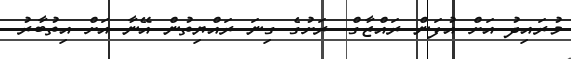
މުރައިދު އަށް އުފަން ރައްޒާގް. ރަށުގެ ގިނަ ރައްޔިތުން އޭނާ އަށް އިތުބާރު